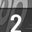
Digit: 2